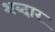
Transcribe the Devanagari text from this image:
शब्दार